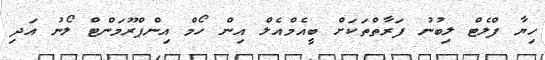
ހިޔާ ފްލެޓް ލިބުނު ފަރާތްތަކަށް ބީއެމްއެލް އިން ހޯމް އިންޕްރޫމަންޓް ލޯނު އަދި